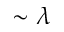
\sim \lambda